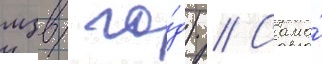
мзв/ го́д) // Сама́